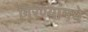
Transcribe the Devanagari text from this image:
गिरण्यांमधे